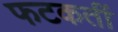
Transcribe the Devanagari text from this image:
फटकतीं